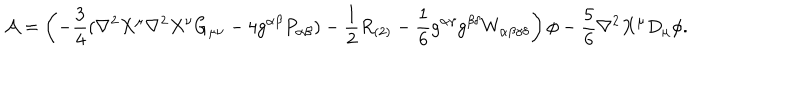
{ \cal A } = \left( - \frac { 3 } { 4 } ( \nabla ^ { 2 } X ^ { \mu } \nabla ^ { 2 } X ^ { \nu } G _ { \mu \nu } - 4 g ^ { \alpha \beta } P _ { \alpha \beta } ) - \frac { 1 } { 2 } R _ { ( 2 ) } - \frac { 1 } { 6 } g ^ { \alpha \gamma } g ^ { \beta \delta } W _ { \alpha \beta \gamma \delta } \right) \phi - \frac { 5 } { 6 } \nabla ^ { 2 } X ^ { \mu } D _ { \mu } \phi .